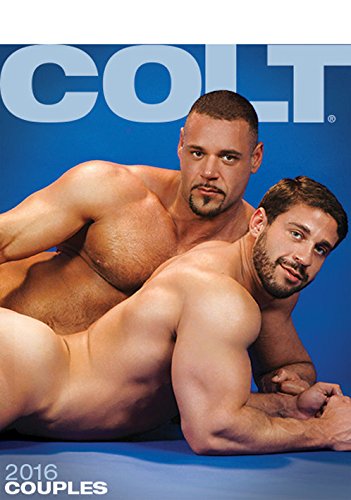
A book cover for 2016 Couples Calendar; Arts & Photography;